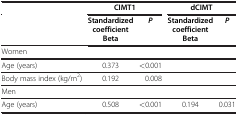
<table><thead><tr><td><b> </b></td><td colspan="2"><b>CIMT1</b></td><td colspan="2"><b>dCIMT</b></td></tr><tr><td><b> </b></td><td><b>Standardized coefficient Beta</b></td><td><b><i>P</i></b></td><td><b>Standardized coefficient Beta</b></td><td><b><i>P</i></b></td></tr></thead><tbody><tr><td>Women</td><td> </td><td> </td><td> </td><td> </td></tr><tr><td>Age (years)</td><td>0.373</td><td>&lt;0.001</td><td> </td><td> </td></tr><tr><td>Body mass index (kg/m<sup>2</sup>)</td><td>0.192</td><td>0.008</td><td> </td><td> </td></tr><tr><td>Men</td><td> </td><td> </td><td> </td><td> </td></tr><tr><td>Age (years)</td><td>0.508</td><td>&lt;0.001</td><td>0.194</td><td>0.031</td></tr></tbody></table>